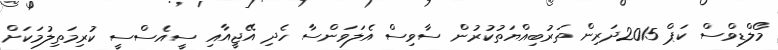
މޯލްޑިވްސް ކަޕް 2015ދަރިން ތަރުބިއްޔަތުކުރުން ސާވިސް އެލަވަންސާ ހެދި އޭޖީއާއި ސީއެސްސީ ކުރިމަތިލުމަކަށް